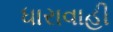
ધારાવાહી